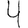
Digit: 4